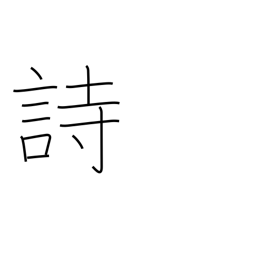
Meaning: poem